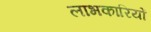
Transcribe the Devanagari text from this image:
लाभकारियों